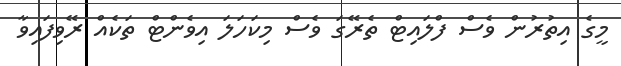
މީގެ އިތުރުން ވެސް ފްލައިޓް ތެރޭގަ ވެސް މިކަހަލަ އިވެންޓް ތަކެއް ރޭވިފައިވާ